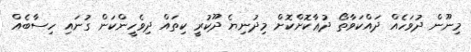
މިނޫން ދުވަހެއް ދައްކަވާތޯ ދުޢާކޮށްކޮށް މިދުނިޔެ ދޫކުރީ ކިތައް ދިވެހީންކަން ގުނައި ހިސާބެއް